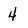
Character: 4